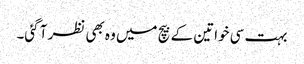
بہت سی خواتین کے بیچ میں وہ بھی نظر آ گئی۔